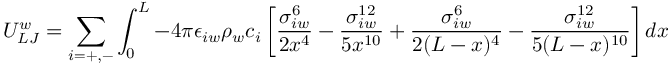
U _ { L J } ^ { w } = \sum _ { i = + , - } \int _ { 0 } ^ { L } - 4 \pi \epsilon _ { i w } \rho _ { w } c _ { i } \left[ \frac { \sigma _ { i w } ^ { 6 } } { 2 x ^ { 4 } } - \frac { \sigma _ { i w } ^ { 1 2 } } { 5 x ^ { 1 0 } } + \frac { \sigma _ { i w } ^ { 6 } } { 2 ( L - x ) ^ { 4 } } - \frac { \sigma _ { i w } ^ { 1 2 } } { 5 ( L - x ) ^ { 1 0 } } \right] d x